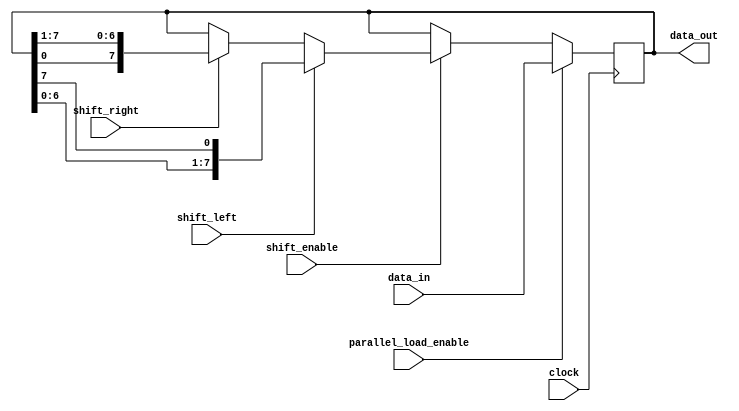
module universal_shift_register (
    input wire [7:0] data_in,
    input wire shift_left,
    input wire shift_right,
    input wire parallel_load_enable,
    input wire shift_enable,
    input wire clock,
    output reg [7:0] data_out
);

reg [7:0] register;

always @(posedge clock) begin
    if (parallel_load_enable) begin
        register <= data_in;
    end else if (shift_enable) begin
        if (shift_left) begin
            register <= {register[6:0], register[7]};
        end else if (shift_right) begin
            register <= {register[0], register[7:1]};
        end
    end
end

assign data_out = register;

endmodule